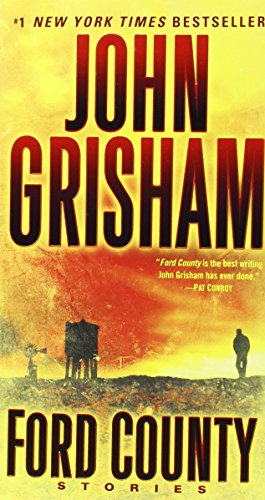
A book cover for Ford County: Stories; John Grisham; Mystery, Thriller & Suspense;